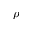
\rho